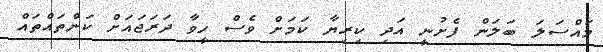
މައްސަލަ ބަލަން ފެށުނީ އަދި ކިރިޔާ ކަމަށް ވެސް ހީވާ ދަރަޖައަށް ކަންތައްތައް